Report on vaccination in Madras 1904-1921 - 1904-1921
Year: 1904
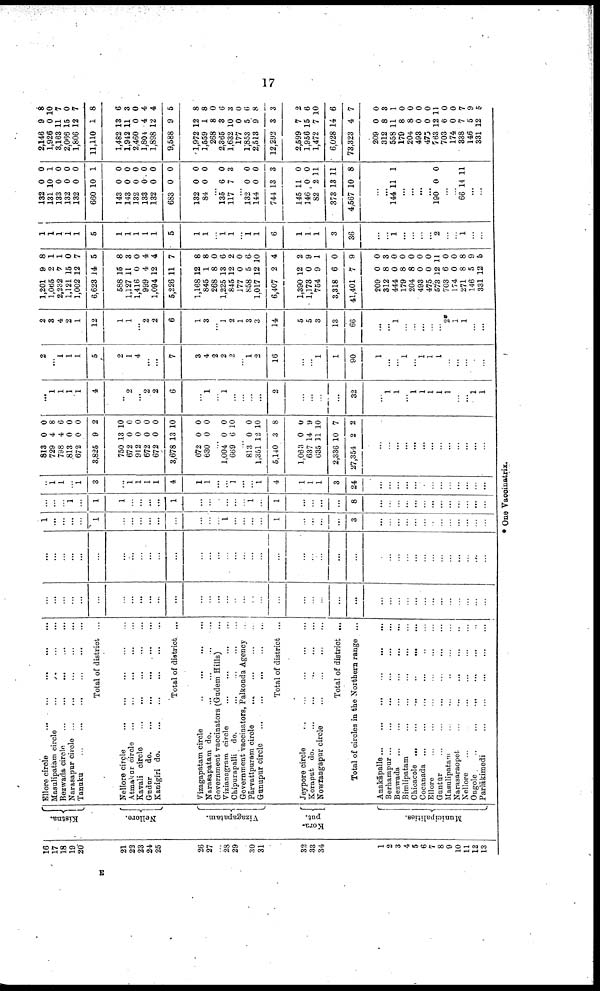
17
16
17
18
19
20
21
22
23
24
25
26
27
23
29
30
31
32
33
34
1
2
3
4
5
6
7
8
9
10
11
12
13
Kistna.
Nellore.
Vizagapatam.
Kora¬
put.
Municipalities.
Ellore circle
...
...
...
...
...
Masulipatam circle ... ... ...
Bezwada circle
...
...
...
...
...
Narasapur circle ... ... ... ... ...
Tanuku
...
...
...
...
...
...
Total of district ...
Nellore circle
...
...
...
...
...
Atmakur circle
...
...
...
...
...
Kavali circle
...
...
...
...
...
Gudur
do.
...
...
...
...
...
Kanigiri do. ... ... ... ...
Total of district ...
Vizagapatam circle
...
...
...
...
Narasapatam do.
...
...
...
...
Government vaccinators (Gudem Hills) ...
Vizianagram circle ... ... ... ...
Chipurapalli do.
...
...
...
...
Government vaccinators, Palkonda Agency ...
Pārvatīpuram circle
...
...
...
...
Gunupur circle
...
...
...
...
...
Total of district ...
Jeypore circle
...
...
...
...
...
Koraput do.
...
...
...
...
...
Nowrangapur circle
...
...
...
...
Total of district ...
Total of circles in the Northern range ...
Anakāpalle...
...
...
...
...
...
Berhampur
...
...
...
...
...
...
Bezwada ...
...
...
...
...
Bimlipatam
...
...
...
...
...
Chicacole ...
...
...
...
...
Cocanada ... ... ... ... ...
Ellore
...
...
...
...
...
...
Guntūr
...
...
...
...
...
...
Masulipatam ... ... ... ... ...
Narasaraopet ... ... ... ... ...
Nellore
...
...
...
...
...
Ongole
..
...
... ... ... ...
Parlākimedi
...
...
...
...
...
...
...
...
...
...
...
...
...
...
...
...
...
...
...
...
...
...
...
...
...
...
...
...
...
...
...
...
...
...
...
...
...
...
...
...
...
...
...
...
...
...
...
...
...
...
...
...
...
...
...
...
...
...
...
...
...
...
...
...
...
...
...
...
...
...
...
...
...
...
...
...
...
...
...
...
...
...
...
1
...
...
...
...
1
...
...
...
...
...
...
...
...
...
1
...
...
...
...
1
...
...
...
...
3
...
...
...
...
...
...
...
...
...
...
...
...
...
...
...
...
1
...
1
1
...
...
...
...
1
...
...
...
...
...
...
1
...
1
...
...
...
...
8
...
...
...
...
...
...
...
...
...
...
...
...
...
...
1
1
...
1
3
...
1
1
1
1
4
1
1
...
...
1
...
...
1
4
1
1
1
3
24
...
...
...
...
...
...
...
...
...
...
...
...
...
813
729
798
813
672
3,825
750
672
912
672
672
3,678
672
630
0
4
4
0
0
9
13
0
0
0
0
13
0
0
0
8
6
0
0
2
10
0
0
0
0
10
0
0
...
1,004
669
0
6
0
10
...
813
1,351
5,140
1,063
637
635
2,336
27,354
0
12
3
0
14
11
10
2
0
10
8
0
9
10
7
2
...
...
...
...
...
...
...
...
...
...
...
...
...
...
1
1
1
1
4
...
2
...
2
2
6
...
1
...
1
...
...
...
...
2
...
...
...
...
32
...
1
1
...
1
1
1
1
1
...
...
1
1
2
...
1
1
1
5
2
1
4
...
...
7
3
4
2
2
2
...
1
2
16
...
...
1
1
90
1
...
...
1
...
1
1
1
...
...
...
...
...
2
3
4
2
1
12
1
1
...
2
2
6
1
3
...
1
2
1
3
3
14
5
5
3
13
66
...
...
1
...
...
...
...
...
2*
1
1
...
...
1,201
1,065
2,232
1,121
1,002
6,623
588
1,127
1,416
999
1,094
5,226
1,168
845
268
1,225
845
177
858
1,017
6,407
1,390
1,173
754
3,318
41,401
209
312
444
179
204
493
475
573
703
174
271
146
331
9
2
7
15
12
14
15
11
0
4
12
11
12
1
8
13
12
0
5
12
2
12
0
9
6
7
0
8
0
8
8
0
0
12
6
0
8
5
12
8
1
1
0
7
5
8
3
0
4
4
7
8
8
0
6
2
0
6
10
4
2
9
1
0
9
0
3
0
0
0
0
0
11
0
0
8
9
5
1
1
1
1
1
5
1
1
1
1
1
5
1
1
...
1
1
...
1
1
6
1
1
1
3
36
...
...
1
...
...
...
...
2
...
...
1
...
...
132
131
133
132
132
660
143
143
132
133
132
683
132
84
0
10
0
0
0
10
0
0
0
0
0
0
0
0
0
1
0
0
0
1
0
0
0
0
0
0
0
0
...
135
117
6
7
0
3
...
132
144
744
145
146
82
373
4,567
0
0
13
11
0
2
13
10
0
0
3
0
0
11
11
8
...
...
144 11 1
...
...
...
...
190 0 0
...
...
66 14 11
...
...
2,146
1,926
3,163
2,066
1,806
11,110
1,482
1,942
2,460
1,804
1,898
9,588
1,972
1,559
268
2,365
1,632
177
1,853
2,513
12,292
2,599
1,956
1,472
6,028
73,323
209
312
558
179
204
493
475
763
703
174
338
146
331
9
0
11
15
12
1
13
11
0
4
12
9
12
1
8
8
10
0
5
9
3
7
15
7
14
4
0
8
11
8
8
0
0
12
6
0
7
5
12
8
10
7
0
7
8
6
3
0
4
4
5
8
8
0
6
3
0
6
8
3
2
6
10
6
7
0
3
1
0
0
0
0
11
0
0
7
9
5
* One Vaccinatrix.
E